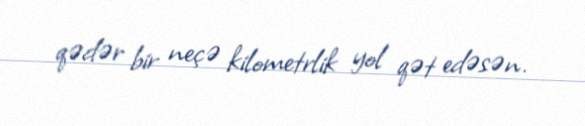
qədər bir neçə kilometrlik yol qət edəsən.